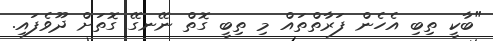
"ބާކީ ތިބި އެހެން ފަރާތްތައް މި ތިބީ ގޮތް ނޭނގޭ ގޮތަށް ދޫވެފައި.